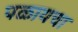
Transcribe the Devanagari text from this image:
पळायचा